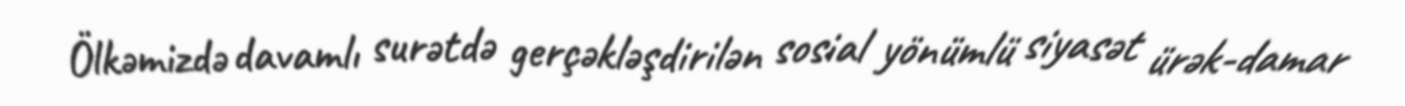
Ölkəmizdə davamlı surətdə gerçəkləşdirilən sosial yönümlü siyasət ürək-damar